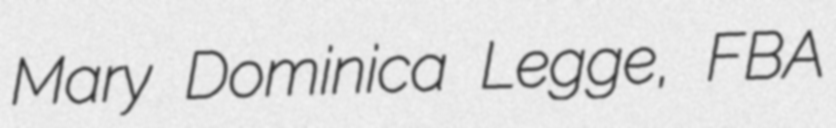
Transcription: Mary Dominica Legge, FBA